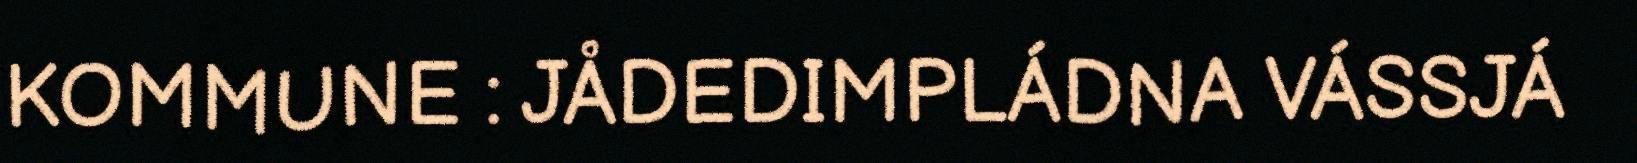
KOMMUNE : JÅDEDIMPLÁDNA VÁSSJÁ